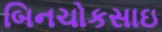
બિનચોકસાઇ